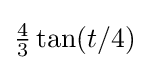
\textstyle {\frac {4}{3}}\tan(t/4)